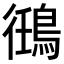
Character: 𬷘